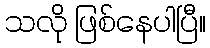
သလို ဖြစ်နေပါပြီ။